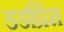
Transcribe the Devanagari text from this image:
डडप्रिंस